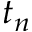
t _ { n }